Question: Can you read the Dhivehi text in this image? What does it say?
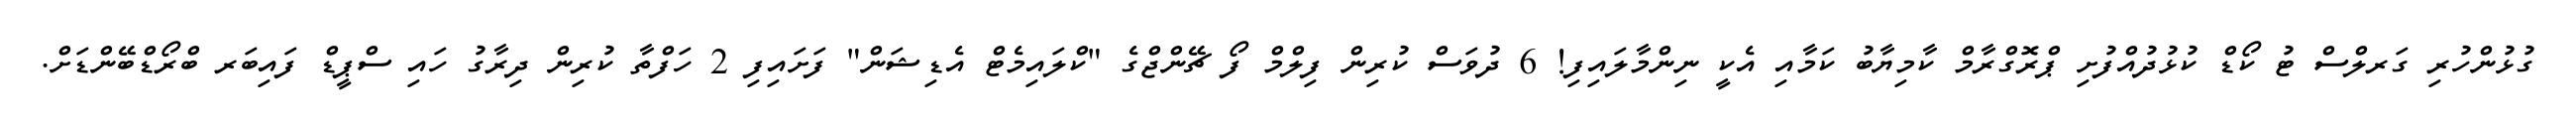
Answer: ގުޅުންހުރި ގަރލްސް ޓު ކޯޑް ކުޅުދުއްފުށި ޕްރޮގްރާމް ކާމިޔާބު ކަމާއި އެކީ ނިންމާލައިފި! 6 ދުވަސް ކުރިން ފިލްމް ފޯ ޗޭންޖްގެ "ކްލައިމެޓް އެޑިޝަން" ފަށައިފި 2 ހަފްތާ ކުރިން ދިރާގު ހައި ސްޕީޑް ފައިބަރ ބްރޯޑްބޭންޑަށް.